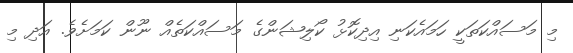
މި މަސައްކަތަކީ ހަމައެކަނި އިދިކޮޅު ކޯލިޝަންގެ މަސައްކަތެއް ނޫން ކަމަށެވެ. އަދި މި